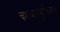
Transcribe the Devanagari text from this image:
चशब्दसमुच्चिताश्च